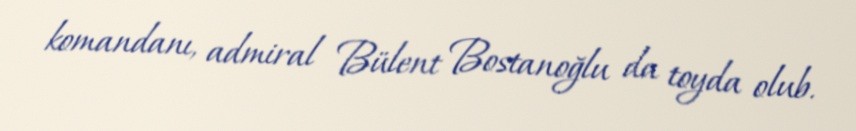
komandanı, admiral Bülent Bostanoğlu da toyda olub.